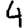
Digit: 4